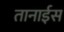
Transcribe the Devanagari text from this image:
तानाईस